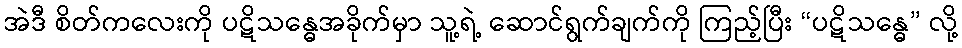
အဲဒီ စိတ်ကလေးကို ပဋိသန္ဓေအခိုက်မှာ သူ့ရဲ့ ဆောင်ရွက်ချက်ကို ကြည့်ပြီး “ပဋိသန္ဓေ” လို့